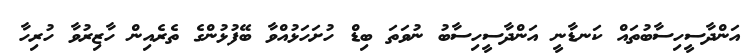
އަންދާސީހިސާބުތައް ކަނޑާނީ އަންދާސީހިސާބު ނުވަތަ ބިޑް ހުށަހަޅުއްވާ ބޭފުޅުންގެ ތެރެއިން ހާޒިރުވާ ހުރިހާ